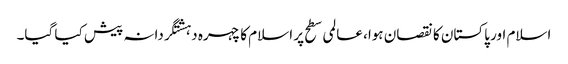
اسلام اور پاکستان کا نقصان ہوا، عالمی سطح پر اسلام کا چہرہ دہشتگردانہ پیش کیا گیا۔